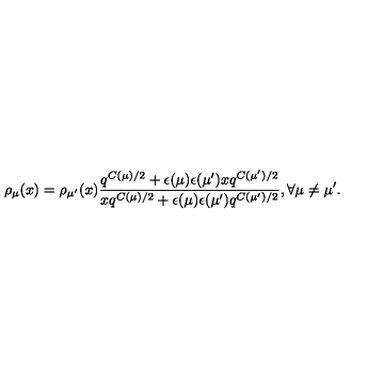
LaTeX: \rho _ { \mu } ( x ) = \rho _ { \mu ^ { \prime } } ( x ) \frac { q ^ { C ( \mu ) / 2 } + \epsilon ( \mu ) \epsilon ( \mu ^ { \prime } ) x q ^ { C ( \mu ^ { \prime } ) / 2 } } { x q ^ { C ( \mu ) / 2 } + \epsilon ( \mu ) \epsilon ( \mu ^ { \prime } ) q ^ { C ( \mu ^ { \prime } ) / 2 } } , \forall \mu \neq \mu ^ { \prime } .